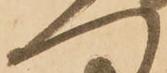
へ